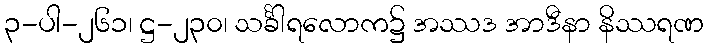
၃-ပါ-၂၆၁၊ ဋ္ဌ-၂၃၀၊ သင်္ခါရလောက၌ အဿဒ အာဒီနာ နိဿရဏ